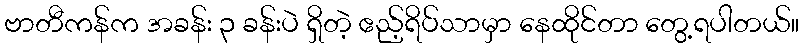
ဗာတီကန်က အခန်း ၃ ခန်းပဲ ရှိတဲ့ ဧည့်ရိပ်သာမှာ နေထိုင်တာ တွေ့ရပါတယ်။